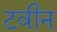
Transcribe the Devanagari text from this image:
टवीन